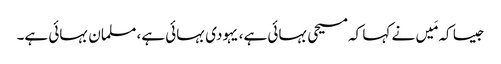
جیسا کہ مَیں نے کہا کہ مسیحی بہائی ہے، یہودی بہائی ہے، مسلمان بہائی ہے۔